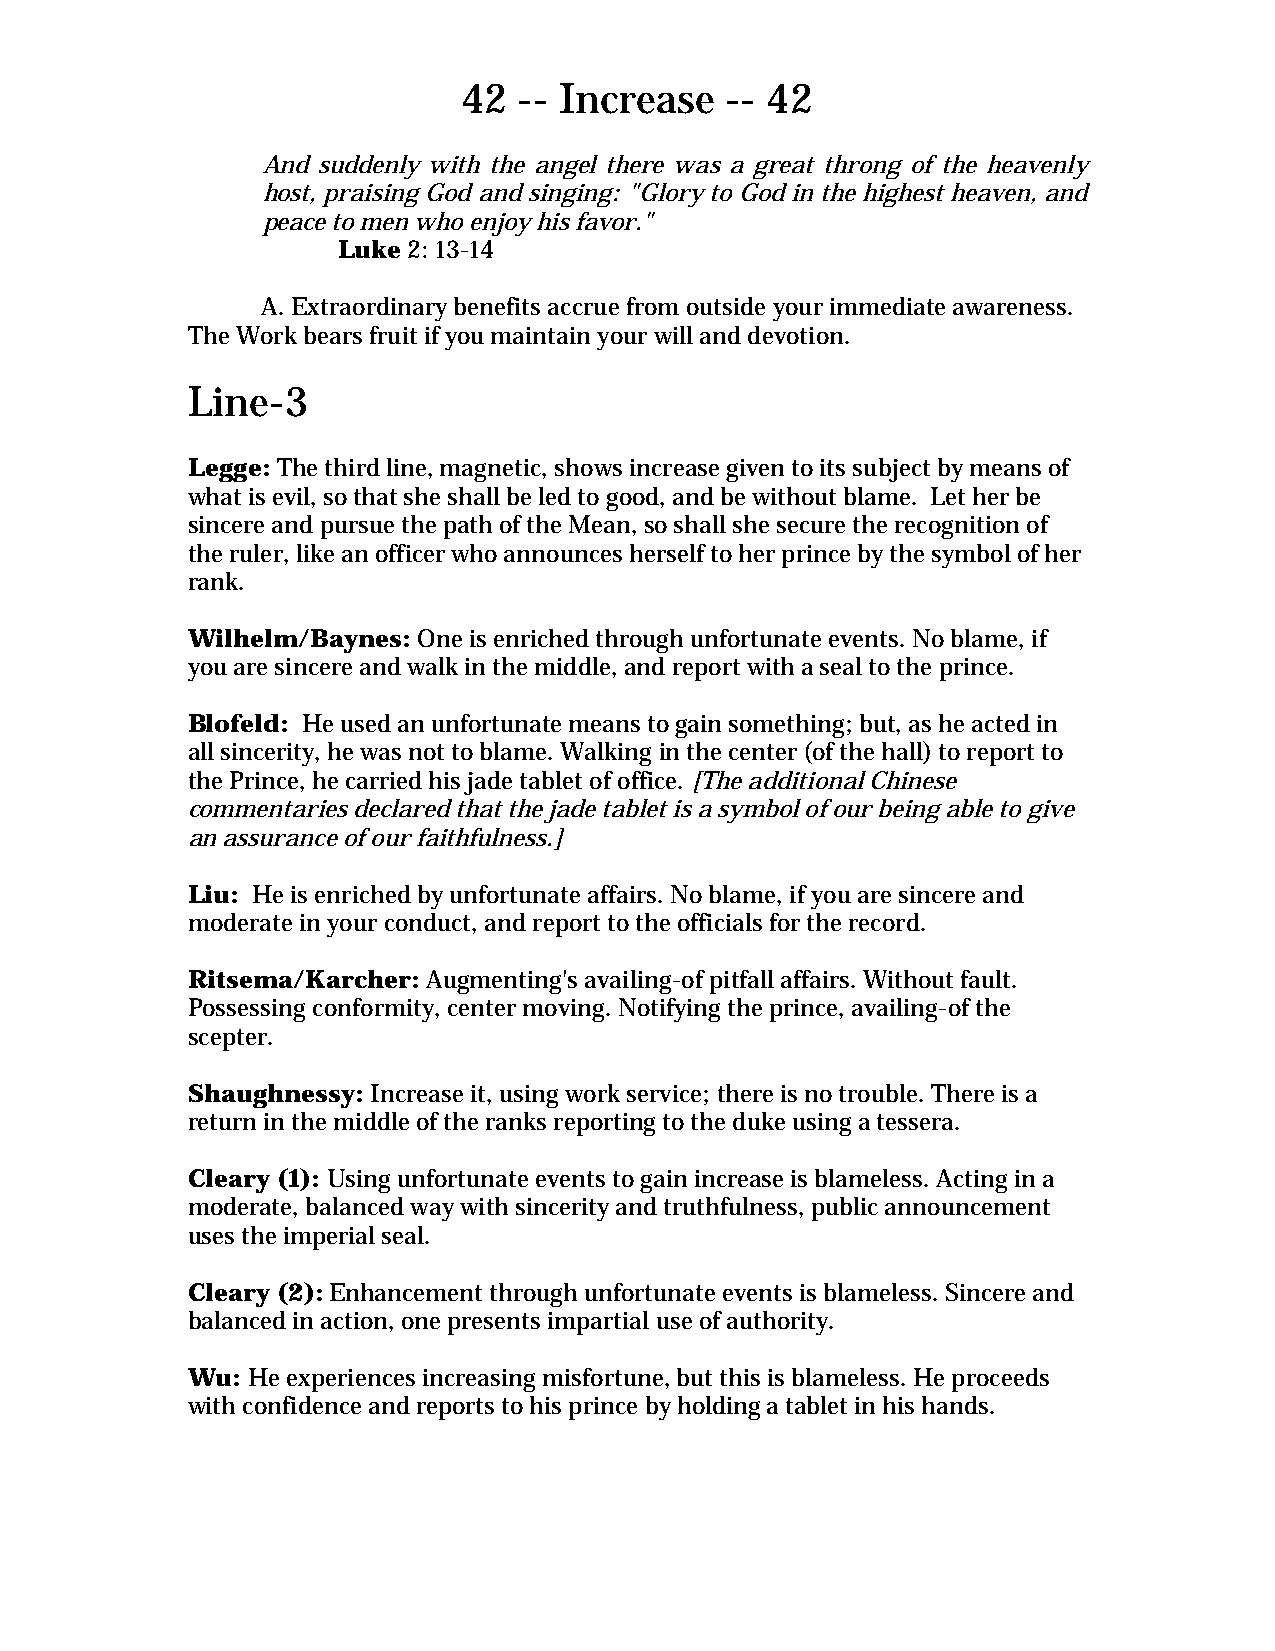
42 -- Increase   -- 42
 And suddenly with the angel there was a great throng of the heavenly
 host, praising God and singing: "Glory to God in the highest heaven, and
 peace to men who enjoy his favor."
 Luke 2: 13-14
 A. Extraordinary benefits accrue from outside your immediate awareness.
 The Work bears fruit if you maintain your will and devotion.
 Line-3
 Legge: The third line, magnetic, shows increase given to its subject by means of
 what is evil, so that she shall be led to good, and be without blame. Let her be
 sincere and pursue the path of the Mean, so shall she secure the recognition of
 the ruler, like an officer who announces herself to her prince by the symbol of her
 rank.
 Wilhelm/Baynes: One is enriched through unfortunate events. No blame, if
 you are sincere and walk in the middle, and report with a seal to the prince.
 Blofeld: He used an unfortunate means to gain something; but, as he acted in
 all sincerity, he was not to blame. Walking in the center (of the hall) to report to
 the Prince, he carried his jade tablet of office. [The additional Chinese
 commentaries declared that the jade tablet is a symbol of our being able to give
 an assurance of our faithfulness.]
 Liu: He is enriched by unfortunate affairs. No blame, if you are sincere and
 moderate in your conduct, and report to the officials for the record.
 Ritsema/Karcher: Augmenting's availing-of pitfall affairs. Without fault.
 Possessing conformity, center moving. Notifying the prince, availing-of the
 scepter.
 Shaughnessy: Increase it, using work service; there is no trouble. There is a
 return in the middle of the ranks reporting to the duke using a tessera.
 Cleary (1): Using unfortunate events to gain increase is blameless. Acting in a
 moderate, balanced way with sincerity and truthfulness, public announcement
 uses the imperial seal.
 Cleary (2): Enhancement through unfortunate events is blameless. Sincere and
 balanced in action, one presents impartial use of authority.
 Wu: He experiences increasing misfortune, but this is blameless. He proceeds
 with confidence and reports to his prince by holding a tablet in his hands.